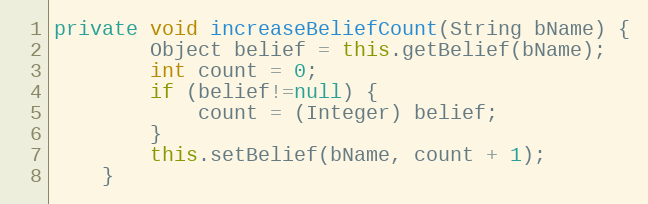
Language: Java
private void increaseBeliefCount(String bName) {
        Object belief = this.getBelief(bName);
        int count = 0;
        if (belief!=null) {
            count = (Integer) belief;
        }
        this.setBelief(bName, count + 1);
    }